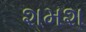
શમશ